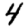
Digit: 4